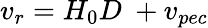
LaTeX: v_{r}=H_{0}D\ +v_{pec}